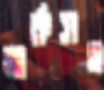
মার্কসহ